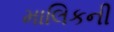
માલિકની